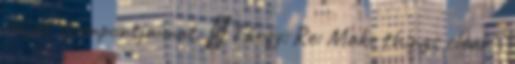
saját szempontjaimat. ₰ Tárgy: Re: Make things clear -